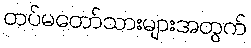
တပ်မတော်သားများအတွက်